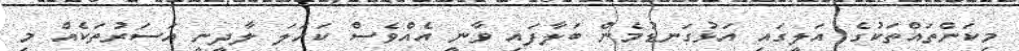
މިކަންތައްތަކުގެ އަލީގައި އަޅުގަނޑުމެން ބަލާފައި ވާނީ އެއްވެސް ކަހަލަ ލާދީނީ އަސަރުތަކެއް މި